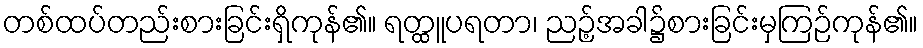
တစ်ထပ်တည်းစားခြင်းရှိကုန်၏။ ရတ္ထူပရတာ၊ ညဉ့်အခါ၌စားခြင်းမှကြဉ်ကုန်၏။